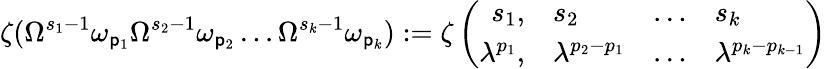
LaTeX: \zeta(\Omega^{s_{1}-1}\omega_{\mathsf{p}_{1}}\Omega^{s_{2}-1}\omega_{\mathsf{p}_{2}}\ldots\Omega^{s_{k}-1}\omega_{\mathsf{p}_{k}}):=\zeta\left(\begin{array}{rlcl}{{s_{1},}}&{{s_{2}}}&{{\ldots}}&{{s_{k}}}\\ {{\lambda^{p_{1}},}}&{{\lambda^{p_{2}-p_{1}}}}&{{\ldots}}&{{\lambda^{p_{k}-p_{k-1}}}}\end{array}\right)